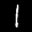
Label: 1